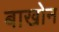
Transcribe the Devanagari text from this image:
बाखोन